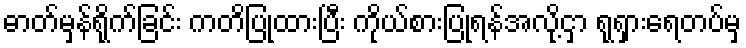
ဓာတ်မှန်ရိုက်ခြင်း ကတိပြုထားပြီး ကိုယ်စားပြုရန်အလို့ငှာ ရုရှားရေတပ်မှ